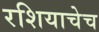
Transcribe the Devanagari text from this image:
रशियाचेच